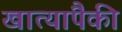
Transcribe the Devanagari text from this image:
खात्यांपैकी